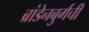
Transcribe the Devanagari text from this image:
ब्रांडेनबुर्गची